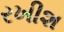
રખીશ